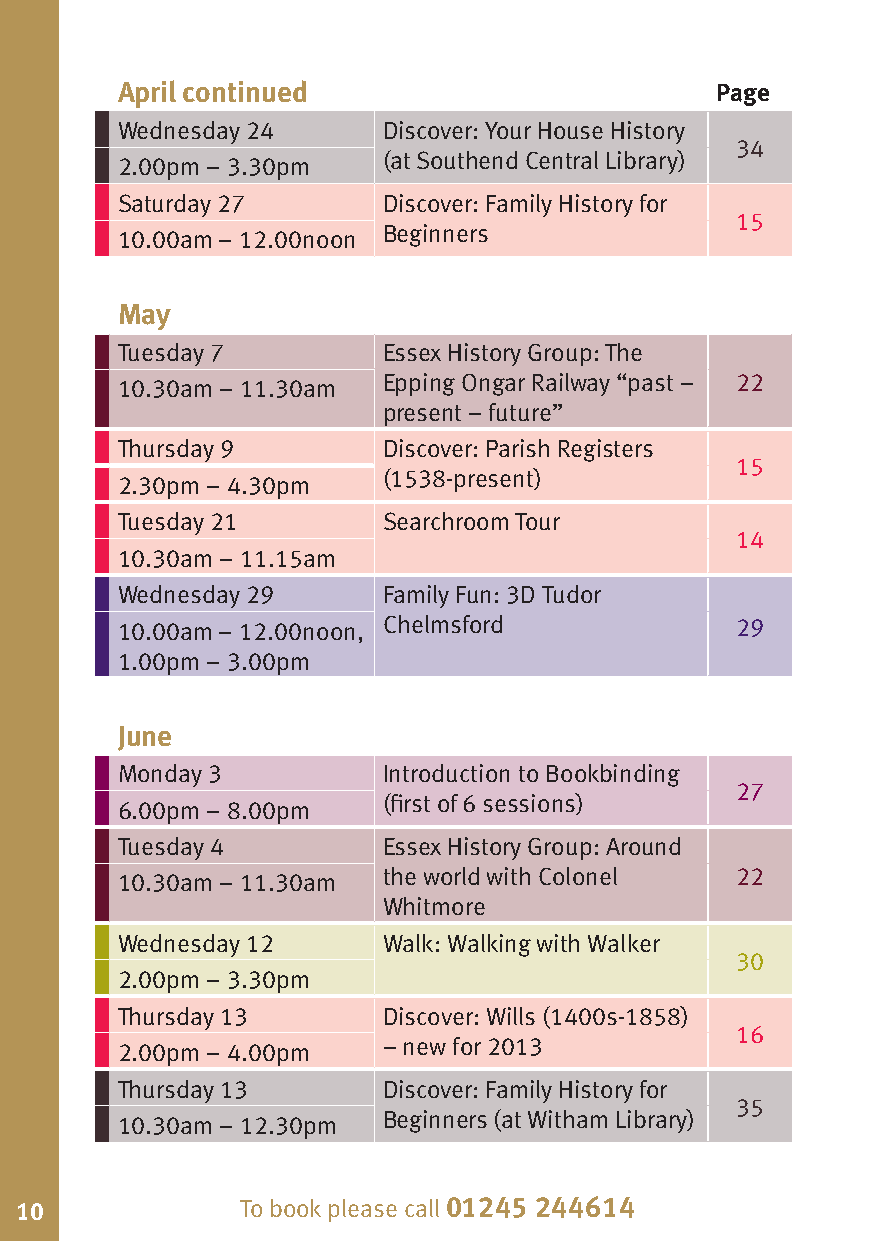
April continued                        Page
 Wednesday 24     Discover: Your House History
 34
 (at Southend Central Library)
 2.00pm – 3.30pm
 Saturday 27      Discover: Family History for
 15
 Beginners
 10.00am – 12.00noon
 May
 Tuesday 7        Essex History Group: The
 Epping Ongar Railway “past – 22
 10.30am – 11.30am
 present – future”
 Thursday 9       Discover: Parish Registers
 15
 (1538-present)
 2.30pm – 4.30pm
 Tuesday 21       Searchroom Tour
 14
 10.30am – 11.15am
 Wednesday 29     Family Fun: 3D Tudor
 10.00am – 12.00noon, Chelmsford          29
 1.00pm – 3.00pm
 June
 Monday 3         Introduction to Bookbinding
 27
 (first of 6 sessions)
 6.00pm – 8.00pm
 Tuesday 4        Essex History Group: Around
 the world with Colonel  22
 10.30am – 11.30am
 Whitmore
 Wednesday 12     Walk: Walking with Walker
 30
 2.00pm – 3.30pm
 Thursday 13      Discover: Wills (1400s-1858)
 16
 – new for 2013
 2.00pm – 4.00pm
 Thursday 13      Discover: Family History for
 35
 Beginners (at Witham Library)
 10.30am – 12.30pm
 10             To book please call 01245 244614                          To book please call 01245 244614